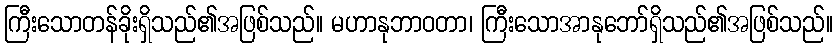
ကြီးသောတန်ခိုးရှိသည်၏အဖြစ်သည်။ မဟာနုဘာဝတာ၊ ကြီးသောအာနုဘော်ရှိသည်၏အဖြစ်သည်။